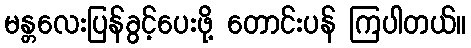
မန္တလေးပြန်ခွင့်ပေးဖို့ တောင်းပန် ကြပါတယ်။